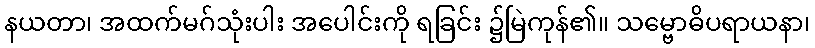
နယတာ၊ အထက်မဂ်သုံးပါး အပေါင်းကို ရခြင်း ၌မြဲကုန်၏။ သမ္ဗောဓိပရာယနာ၊